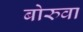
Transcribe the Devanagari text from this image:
बोरुवा